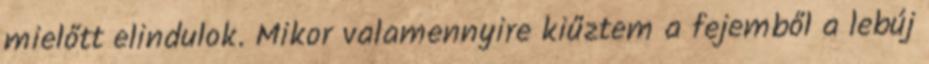
mielőtt elindulok. Mikor valamennyire kiűztem a fejemből a lebúj